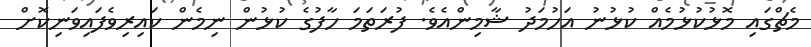
މެޗްގައި މޮޅުކުޅުމެއް ކުޅުނު އަހުމަދު ޝާމިންއެވެ. ފުރަތަމަ ހާފުގެ ކުޅުން ނިމެން ކައިރިވެފައިވަނިކޮށް